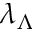
\lambda _ { \Lambda }